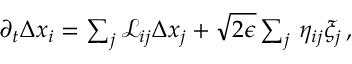
\begin{array} { r } { \partial _ { t } { \Delta x } _ { i } = \sum _ { j } \mathcal { L } _ { i j } \Delta x _ { j } + \sqrt { 2 \epsilon } \sum _ { j } \, \eta _ { i j } \xi _ { j } \, , } \end{array}